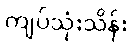
ကျပ်သုံးသိန်း